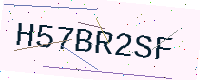
Text: H57BR2SF